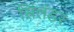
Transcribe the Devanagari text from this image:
सिंलंडर